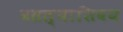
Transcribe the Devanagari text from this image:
बसल्याशिवय